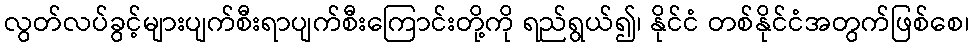
လွတ်လပ်ခွင့်များပျက်စီးရာပျက်စီးကြောင်းတို့ကို ရည်ရွယ်၍၊ နိုင်ငံ တစ်နိုင်ငံအတွက်ဖြစ်စေ၊